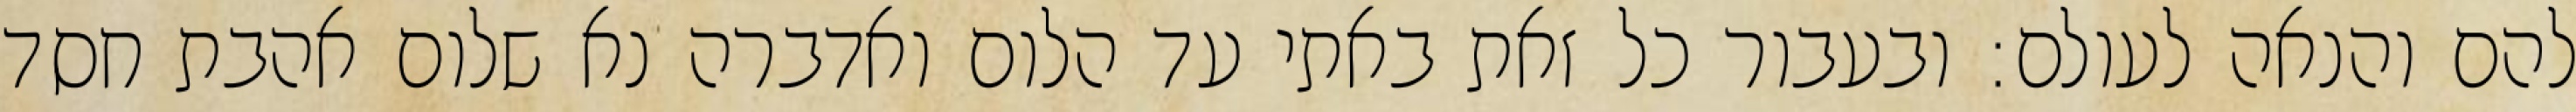
להם והנאה לעולם: ובעבור כל זאת באתי עד הלום ואדברה נא שלום אהבת חסד